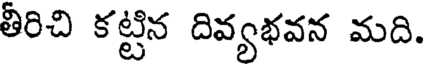
తీరిచి కట్టిన దివ్యభవన మది.